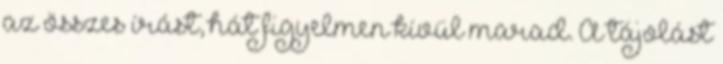
az összes írást, hát figyelmen kívül marad. A tájolást